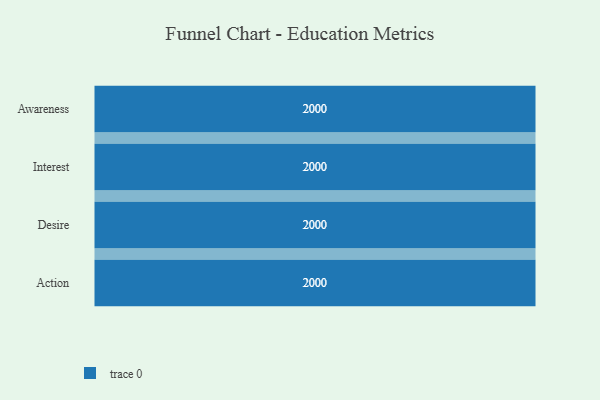
{"axis": {"x": "Stage", "y": "Value"}, "legend": [""], "data": [{"x": "Awareness", "y": 2000, "type": ""}, {"x": "Interest", "y": 2000, "type": ""}, {"x": "Desire", "y": 2000, "type": ""}, {"x": "Action", "y": 2000, "type": ""}]}